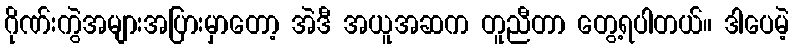
ဂိုဏ်းကွဲအများအပြားမှာတော့ အဲဒီ အယူအဆက တူညီတာ တွေ့ရပါတယ်။ ဒါပေမဲ့